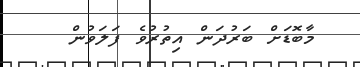
މާބޮޑަށް ބަރުދަން އިތުރުވެ ފަލަވުން